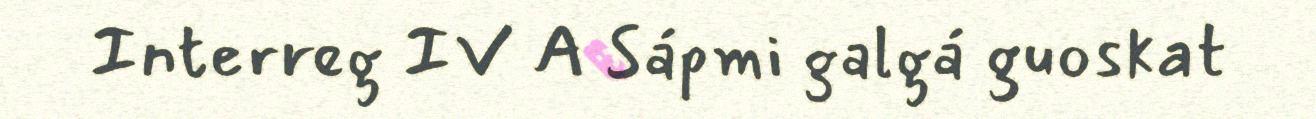
Interreg IV A Sápmi galgá guoskat